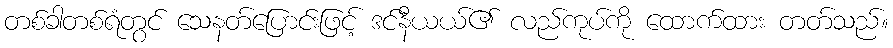
တစ်ခါတစ်ရံတွင် သေနတ်ပြောင်းဖြင့် ဒင်နီယယ်၏ လည်ကုပ်ကို ထောက်ထား တတ်သည်။